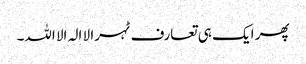
پھر ایک ہی تعارف ٹہرا لا الہ الا اللہ۔